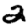
Digit: 2